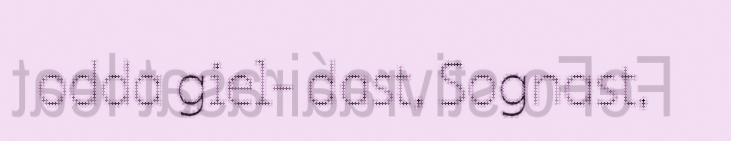
odda giel- dast, Sognast,